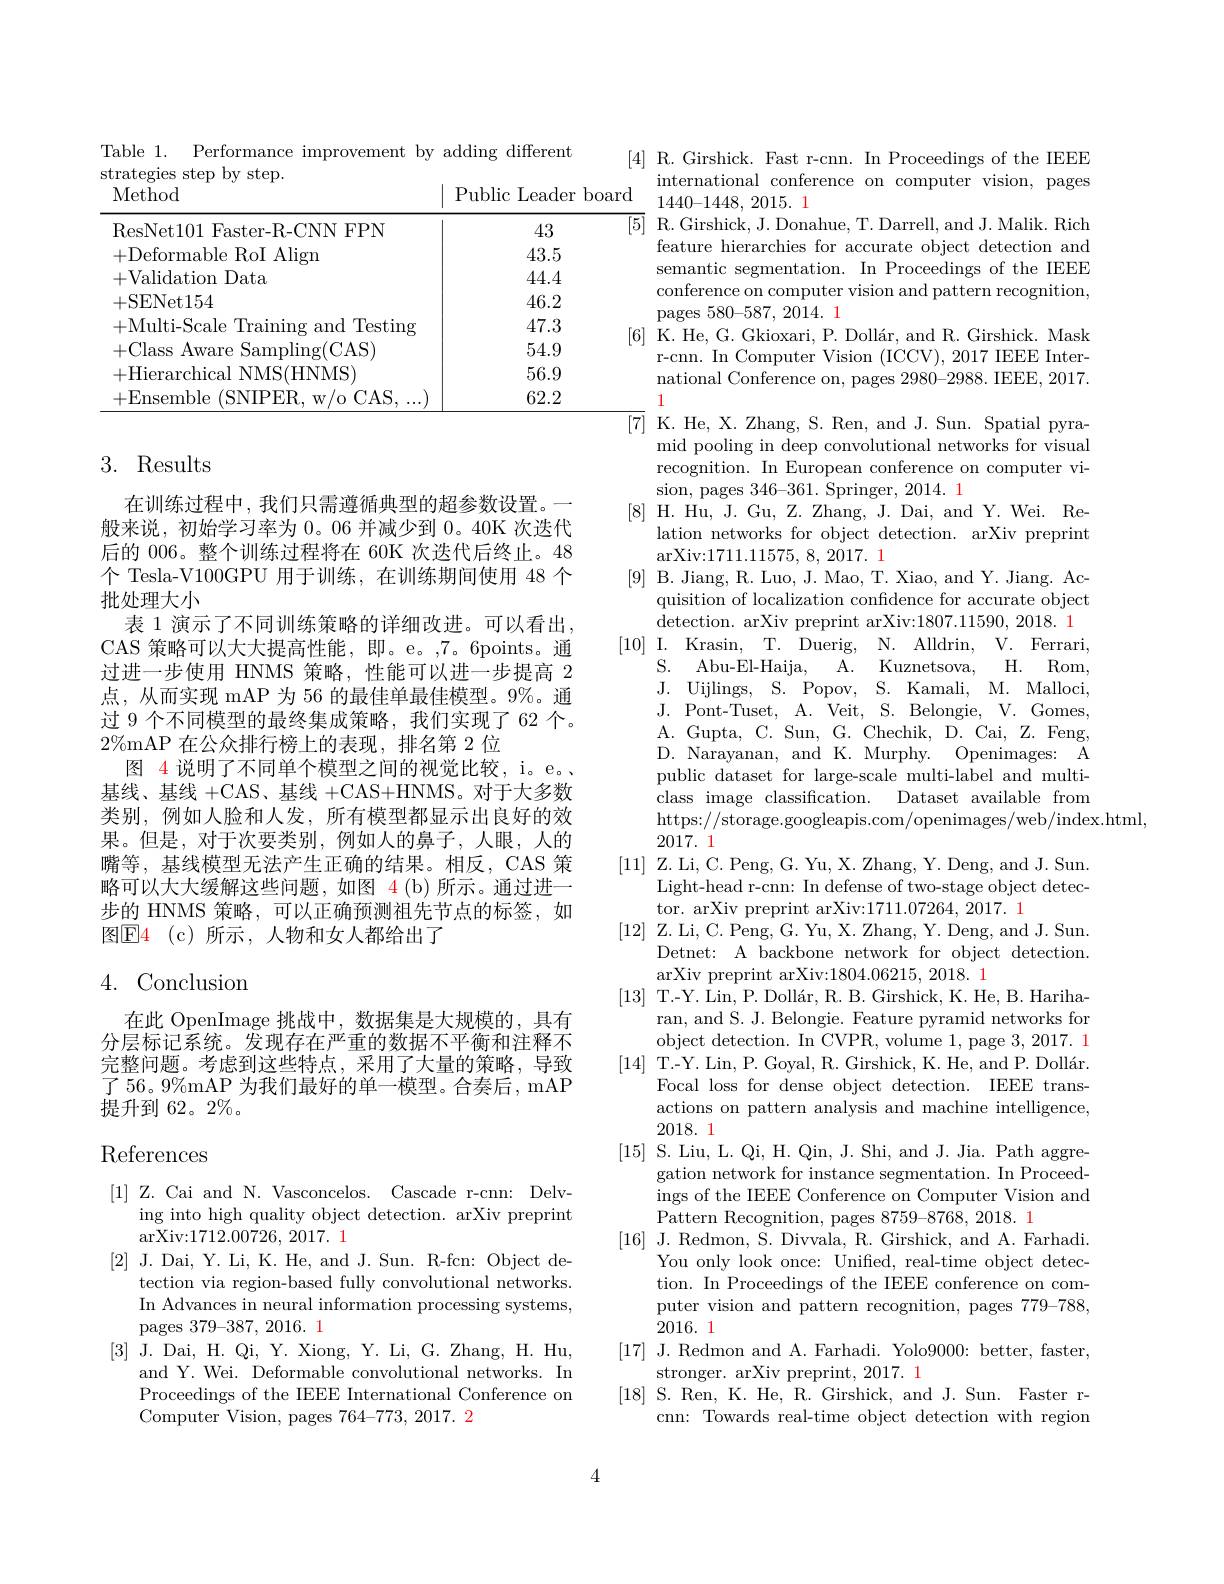
<table>
	<tbody>
		<tr>
			<td>ResNet101 Faster-R-CNN FPN</td>
			<td>43</td>
		</tr>
		<tr>
			<td>+Deformable RoI Align</td>
			<td>43.5</td>
		</tr>
		<tr>
			<td>+Validation Data</td>
			<td>44.4</td>
		</tr>
		<tr>
			<td>+SENet154</td>
			<td>46.2</td>
		</tr>
		<tr>
			<td>+Multi-Scale Training and Testing</td>
			<td>47.3</td>
		</tr>
		<tr>
			<td>+Class Aware Sampling(CAS)</td>
			<td>54.9</td>
		</tr>
		<tr>
			<td>+Hierarchical NMS(HNMS)</td>
			<td>56.9</td>
		</tr>
		<tr>
			<td>+Ensemble (SNIPER. w/o CAS....)</td>
			<td>62.2</td>
		</tr>
	</tbody>
</table>

### 3. Results

在训练过程中，我们只需遵循典型的超参数设置。一般来说，初始学习率为0。06 并减少到0。40K 次迭代后的 006。整个训练过程将在 60K 次迭代后终止。48个 Tesla-V100GPU 用于训练，在训练期间使用 48 个批处理大小
表 1 演示了不同训练策略的详细改进。可以看出， CAS 策略可以大大提高性能，即。e。,7。6points。通过进一步使用 HNMS 策略，性能可以进一步提高 2点，从而实现 mAP 为 56 的最佳单最佳模型。9%。通过 9 个不同模型的最终集成策略，我们实现了 62 个。$2\%$mAP 在公众排行榜上的表现，排名第 2 位
图 4 说明了不同单个模型之间的视觉比较，i。e。、 基线、基线 +CAS、基线 +CAS+HNMS。对于大多数类别，例如人脸和人发，所有模型都显示出良好的效果。但是，对于次要类别，例如人的鼻子，人眼，人的嘴等，基线模型无法产生正确的结果。相反，CAS 策略可以大大缓解这些问题，如图 4(b)所示。通过进一步的 HNMS 策略，可以正确预测祖先节点的标签，如图$\mathbb{E}$4(c)所示，人物和女人都给出了

## 4. Conclusion

在此 OpenImage 挑战中，数据集是大规模的，具有分层标记系统。发现存在严重的数据不平衡和注释不完整问题。考虑到这些特点，采用了大量的策略，导致了 56。9%mAP 为我们最好的单一模型。合奏后，mAP 提升到 62。2%。

# References

[1] Z. Cai and N. Vasconcelos. Cascade r-cnn: Delv-
ing into high quality object detection. arXiv preprint
arXiv:1712.00726, 2017. 1
[2]J.Dai, Y. Li, K. He, and J. Sun. R-fcn: Object de-
tection via region-based fully convolutional networks. In Advances in neural information processing systems, pages 379-387, 2016. 1
[3]J.Dai,H.Qi,Y.Xiong,Y.Li,G.Zhang,H.Hu,
and Y. Wei. Deformable convolutional networks. In Proceedings of the IEEE International Conference on Computer Vision, pages 764-773, 2017. 2

4

[4] R.Girshick. Fast r-cnn. In Proceedings of the IEEE
international conference on computer vision, pages
1440-1448,2015.1
${\overline{[5]}}$R.Girshick, J. Donahue, T. Darrell, and J. Malik. Rich
feature hierarchies for accurate object detection and semantic segmentation. In Proceedings of the IEEE conference on computer vision and pattern recognition, pages 580-587, 2014. 1
[6] K. He, G. Gkioxari, P. Dollár, and R. Girshick. Mask
r-cnn. In Computer Vision (ICCV), 2017 IEEE International Conference on, pages 2980-2988.IEEE, 2017. 1
${\overline{[7]}}$K.He, X. Zhang, S. Ren, and J. Sun. Spatial pyra-
mid pooling in deep convolutional networks for visual recognition. In European conference on computer vision, pages 346-361. Springer, 2014. 1
[8]H.Hu, J.Gu, Z. Zhang, J. Dai, and Y. Wei. Re-
lation networks for object detection. arXiv preprint
arXiv:1711.11575,8,2017. 1
[9] B. Jiang, R. Luo, J. Mao, T. Xiao, and Y. Jiang. Ac-
quisition of localization confidence for accurate object detection. arXiv preprint arXiv:1807.11590, 2018. 1
[10] I. Krasin, T. Duerig, N. Alldrin, V. Ferrari,
A. Kuznetsova, H. Rom,
$S.$ Abu-El-Haija.
J. Uijlings, S. Popov, S. Kamali, M. Malloci, J. Pont-Tuset, A. Veit, S. Belongie, V. Gomes, A.Gupta, C. Sun, G. Chechik, D. Cai, Z. Feng, D. Narayanan, and K. Murphy. Openimages: A public dataset for large-scale multi-label and multiclass image classification. Dataset available from https://storage.googleapis.com/openimages/web/index.html,
2017.1
[11] Z. Li, C. Peng, G. Yu, X. Zhang, Y. Deng, and J. Sun.
Light-head r-cnn: In defense of two-stage object detec-
tor. arXiv preprint arXiv:1711.07264, 2017. 1
[12] Z. Li, C. Peng, G. Yu, X. Zhang, Y. Deng, and J. Sun.
Detnet: A backbone network for object detection.
arXiv preprint arXiv:1804.06215, 2018. 1
[13] T.-Y. Lin, P. Dollár, R. B. Girshick, K. He, B. Hariha-
ran, and S. J. Belongie. Feature pyramid networks for object detection. In CVPR, volume 1, page 3, 2017. 1
[14] T.-Y. Lin, P. Goyal, R. Girshick, K. He, and P. Dollár.
Focal loss for dense object detection. IEEE transactions on pattern analysis and machine intelligence, 2018.1
[15] S. Liu, L. Qi, H. Qin, J. Shi, and J. Jia. Path aggre-
gation network for instance segmentation. In Proceedings of the IEEE Conference on Computer Vision and Pattern Recognition, pages 8759-8768, 2018. 1
[16] J. Redmon, S. Divvala, R. Girshick, and A. Farhadi.
You only look once: Unified, real-time object detection. In Proceedings of the IEEE conference on computer vision and pattern recognition, pages 779-788, 2016.1
[17] J. Redmon and A. Farhadi. Yolo9000: better, faster,
stronger. arXiv preprint, 2017. 1
[18]S.Ren,K.He,R.Girshick,andJ.Sun.Faster-
cnn: Towards real-time object detection with region